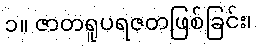
၁။ ဇာတရူပရဇတဖြစ်ခြင်း၊